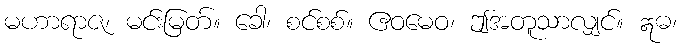
မဟာရာဇ၊ မင်းမြတ်။ ခေါ၊ စင်စစ်။ ဧဝမေဝ၊ ဤအတူသာလျှင်။ ဣဓ၊